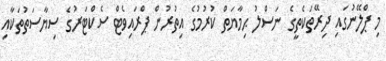
މި ޕްލޭނުގައި ދިރޭތަކެތީގެ ނަސްލު ޙިމާޔަތް ކުރުމުގެ އިތުރުން ޕްރައިވެޓް ސެކްޓަރުގެ ސިޔާސަތުތަކާއި